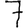
Digit: 7